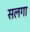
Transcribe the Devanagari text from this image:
सलगा